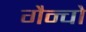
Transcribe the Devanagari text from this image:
गैन्चो